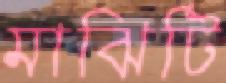
মাঝিটি